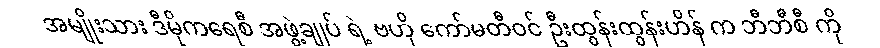
အမျိုးသား ဒီမိုကရေစီ အဖွဲ့ချုပ် ရဲ့ ဗဟို ကော်မတီဝင် ဦးထွန်းထွန်းဟိန် က ဘီဘီစီ ကို